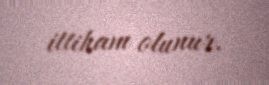
ittiham olunur.